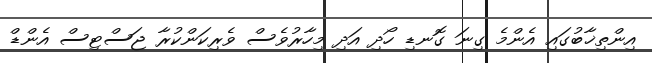
އިންތިޚާބުގައި އެންމެ ގިނަ ގޮނޑި ހޯދި އަދި މިހާރުވެސް ވެރިކަންކުރާ ޖަސްޓިސް އެންޑް